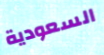
السعودية